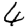
Digit: 4